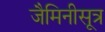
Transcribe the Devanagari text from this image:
जैमिनीसूत्र